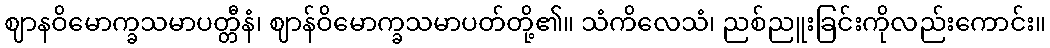
ဈာနဝိမောက္ခသမာပတ္တီနံ၊ ဈာန်ဝိမောက္ခသမာပတ်တို့၏။ သံကိလေသံ၊ ညစ်ညူးခြင်းကိုလည်းကောင်း။